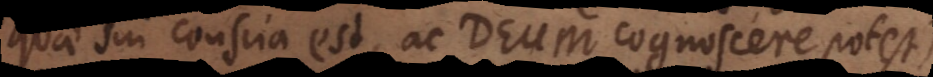
quae sui conscia est, ac Deum cognoscere potest)